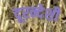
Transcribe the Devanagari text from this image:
दूरन्देशी